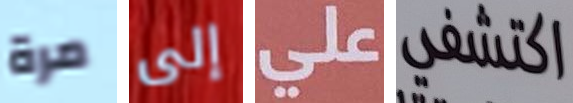
مرة إلى علي اكتشفي